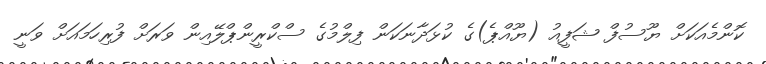
ކޮންމެއަކަށް ޔޫސުފް ޝަފީއު (ޔޫއްޕެ)ގެ ކުޅަދާނަކަން ފިލްމުގެ ސްކްރީންޕްލޭއިން ވަރަށް ފުރިހަމައަށް ވަނީ